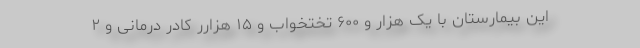
این بیمارستان با یک هزار و ۶۰۰ تختخواب و ۱۵ هزارر کادر درمانی و ۲